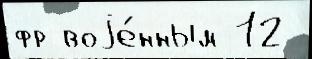
фр воjе́нным 12